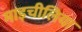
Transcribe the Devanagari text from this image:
माइचीलिया